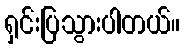
ရှင်းပြသွားပါတယ်။